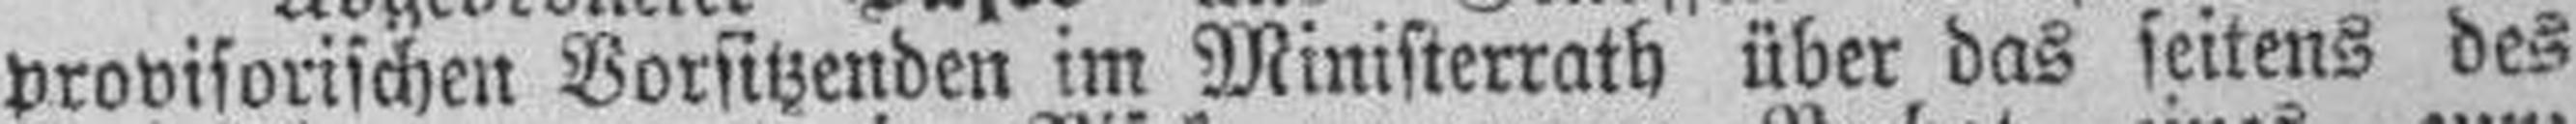
provisorischen Vorsitzenden im Ministerrath über das seitens des